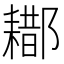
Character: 䣢